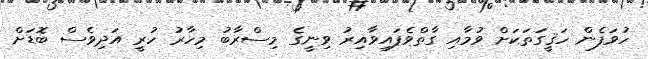
ހުވަފެން ހަޤީގަތަކަށް ވުމާއި ގާތްވެފައިވާއިރު ވިނީގެ މިސްރާބު މިހާރު ހުރީ އަދިވެސް ބޮޑަށް